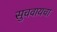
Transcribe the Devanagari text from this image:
सुचवायचा